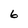
Character: 6